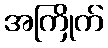
အကြိုက်